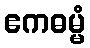
ဧကဓမ္မံ